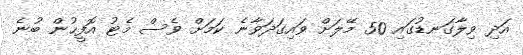
އަދި ވިލާގަނޑުގައި 50 މޭލަށް ވައިގަދަވާނެ ކަމަށް ވެސް މެޓު އޮފީހުން ބުނެ